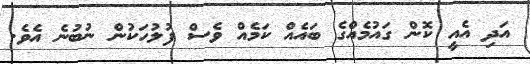
އަދި އެއީ ކޮން ގައުމެއްގެ ބައެއް ކަމެއް ވެސް ފުލުހަކުން ނުބުނެ އެވެ.